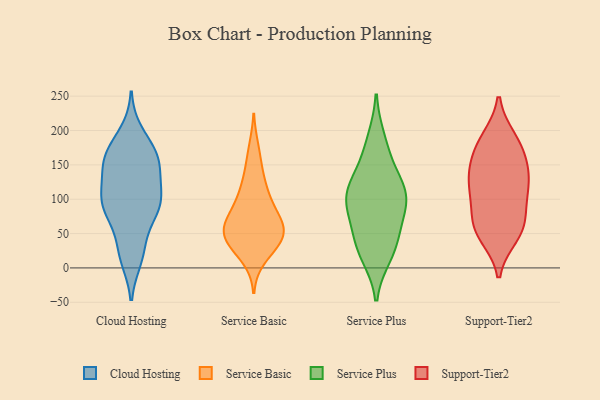
{"axis": {"x": "Bounce Rate (%)", "y": "Value"}, "legend": ["Cloud Hosting", "Service Basic", "Service Plus", "Support-Tier2"], "data": [{"x": "", "y": 25, "type": "Cloud Hosting"}, {"x": "", "y": 156, "type": "Cloud Hosting"}, {"x": "", "y": 125, "type": "Cloud Hosting"}, {"x": "", "y": 102, "type": "Cloud Hosting"}, {"x": "", "y": 108, "type": "Cloud Hosting"}, {"x": "", "y": 26, "type": "Cloud Hosting"}, {"x": "", "y": 86, "type": "Cloud Hosting"}, {"x": "", "y": 86, "type": "Cloud Hosting"}, {"x": "", "y": 84, "type": "Cloud Hosting"}, {"x": "", "y": 94, "type": "Cloud Hosting"}, {"x": "", "y": 195, "type": "Cloud Hosting"}, {"x": "", "y": 166, "type": "Cloud Hosting"}, {"x": "", "y": 156, "type": "Cloud Hosting"}, {"x": "", "y": 149, "type": "Cloud Hosting"}, {"x": "", "y": 155, "type": "Cloud Hosting"}, {"x": "", "y": 172, "type": "Cloud Hosting"}, {"x": "", "y": 15, "type": "Cloud Hosting"}, {"x": "", "y": 86, "type": "Cloud Hosting"}, {"x": "", "y": 59, "type": "Service Basic"}, {"x": "", "y": 108, "type": "Service Basic"}, {"x": "", "y": 47, "type": "Service Basic"}, {"x": "", "y": 49, "type": "Service Basic"}, {"x": "", "y": 33, "type": "Service Basic"}, {"x": "", "y": 63, "type": "Service Basic"}, {"x": "", "y": 72, "type": "Service Basic"}, {"x": "", "y": 174, "type": "Service Basic"}, {"x": "", "y": 100, "type": "Service Basic"}, {"x": "", "y": 14, "type": "Service Basic"}, {"x": "", "y": 68, "type": "Service Basic"}, {"x": "", "y": 32, "type": "Service Basic"}, {"x": "", "y": 40, "type": "Service Basic"}, {"x": "", "y": 85, "type": "Service Basic"}, {"x": "", "y": 146, "type": "Service Basic"}, {"x": "", "y": 123, "type": "Service Basic"}, {"x": "", "y": 50, "type": "Service Basic"}, {"x": "", "y": 59, "type": "Service Plus"}, {"x": "", "y": 34, "type": "Service Plus"}, {"x": "", "y": 19, "type": "Service Plus"}, {"x": "", "y": 186, "type": "Service Plus"}, {"x": "", "y": 97, "type": "Service Plus"}, {"x": "", "y": 118, "type": "Service Plus"}, {"x": "", "y": 98, "type": "Service Plus"}, {"x": "", "y": 161, "type": "Service Plus"}, {"x": "", "y": 117, "type": "Service Plus"}, {"x": "", "y": 83, "type": "Service Plus"}, {"x": "", "y": 30, "type": "Service Plus"}, {"x": "", "y": 113, "type": "Service Plus"}, {"x": "", "y": 131, "type": "Support-Tier2"}, {"x": "", "y": 57, "type": "Support-Tier2"}, {"x": "", "y": 185, "type": "Support-Tier2"}, {"x": "", "y": 102, "type": "Support-Tier2"}, {"x": "", "y": 159, "type": "Support-Tier2"}, {"x": "", "y": 119, "type": "Support-Tier2"}, {"x": "", "y": 52, "type": "Support-Tier2"}, {"x": "", "y": 47, "type": "Support-Tier2"}, {"x": "", "y": 73, "type": "Support-Tier2"}, {"x": "", "y": 188, "type": "Support-Tier2"}, {"x": "", "y": 64, "type": "Support-Tier2"}, {"x": "", "y": 130, "type": "Support-Tier2"}, {"x": "", "y": 109, "type": "Support-Tier2"}, {"x": "", "y": 147, "type": "Support-Tier2"}, {"x": "", "y": 175, "type": "Support-Tier2"}]}